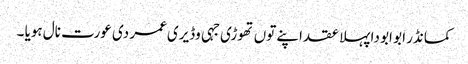
کمانڈر ابو ابو دا پہلا عقد اپنے توں تھوڑی جہی وڈیری عمر دی عورت نال ہویا ۔